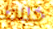
خلاط